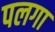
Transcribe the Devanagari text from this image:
पलगा